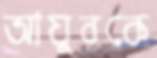
আয়ুবকে